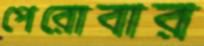
পেরোবার